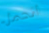
اتحمل